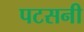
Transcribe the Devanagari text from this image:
पटसनी